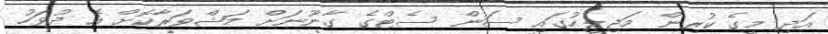
އަދި މީގެ ކުރިން މަޖިލީހުގައި ސަން ސެޓްގެ ގާނޫނަށް މަޝްވަރާކޮށް އެ ދުވަހު